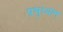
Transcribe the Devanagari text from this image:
प्रभुध्यान